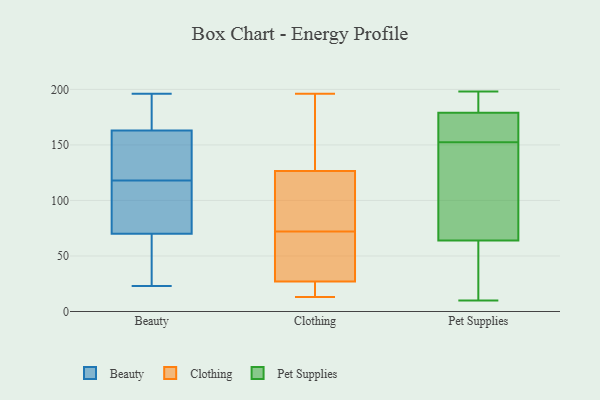
{"axis": {"x": "Humidity (%)", "y": "Value"}, "legend": ["Beauty", "Clothing", "Pet Supplies"], "data": [{"x": "", "y": 23, "type": "Beauty"}, {"x": "", "y": 40, "type": "Beauty"}, {"x": "", "y": 121, "type": "Beauty"}, {"x": "", "y": 133, "type": "Beauty"}, {"x": "", "y": 135, "type": "Beauty"}, {"x": "", "y": 74, "type": "Beauty"}, {"x": "", "y": 113, "type": "Beauty"}, {"x": "", "y": 185, "type": "Beauty"}, {"x": "", "y": 97, "type": "Beauty"}, {"x": "", "y": 181, "type": "Beauty"}, {"x": "", "y": 115, "type": "Beauty"}, {"x": "", "y": 153, "type": "Beauty"}, {"x": "", "y": 66, "type": "Beauty"}, {"x": "", "y": 196, "type": "Beauty"}, {"x": "", "y": 53, "type": "Beauty"}, {"x": "", "y": 173, "type": "Beauty"}, {"x": "", "y": 81, "type": "Clothing"}, {"x": "", "y": 163, "type": "Clothing"}, {"x": "", "y": 146, "type": "Clothing"}, {"x": "", "y": 128, "type": "Clothing"}, {"x": "", "y": 54, "type": "Clothing"}, {"x": "", "y": 50, "type": "Clothing"}, {"x": "", "y": 17, "type": "Clothing"}, {"x": "", "y": 27, "type": "Clothing"}, {"x": "", "y": 13, "type": "Clothing"}, {"x": "", "y": 125, "type": "Clothing"}, {"x": "", "y": 165, "type": "Clothing"}, {"x": "", "y": 101, "type": "Clothing"}, {"x": "", "y": 28, "type": "Clothing"}, {"x": "", "y": 26, "type": "Clothing"}, {"x": "", "y": 196, "type": "Clothing"}, {"x": "", "y": 27, "type": "Clothing"}, {"x": "", "y": 23, "type": "Clothing"}, {"x": "", "y": 120, "type": "Clothing"}, {"x": "", "y": 88, "type": "Clothing"}, {"x": "", "y": 63, "type": "Clothing"}, {"x": "", "y": 10, "type": "Pet Supplies"}, {"x": "", "y": 111, "type": "Pet Supplies"}, {"x": "", "y": 179, "type": "Pet Supplies"}, {"x": "", "y": 40, "type": "Pet Supplies"}, {"x": "", "y": 163, "type": "Pet Supplies"}, {"x": "", "y": 64, "type": "Pet Supplies"}, {"x": "", "y": 57, "type": "Pet Supplies"}, {"x": "", "y": 186, "type": "Pet Supplies"}, {"x": "", "y": 198, "type": "Pet Supplies"}, {"x": "", "y": 172, "type": "Pet Supplies"}, {"x": "", "y": 188, "type": "Pet Supplies"}, {"x": "", "y": 165, "type": "Pet Supplies"}, {"x": "", "y": 142, "type": "Pet Supplies"}, {"x": "", "y": 86, "type": "Pet Supplies"}]}